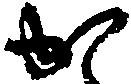
か